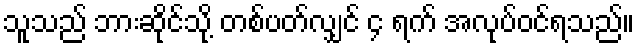
သူသည် ဘားဆိုင်သို့ တစ်ပတ်လျှင် ၄ ရက် အလုပ်ဝင်ရသည်။